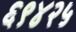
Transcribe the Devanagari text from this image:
६९४२५